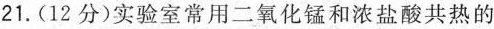
21.(12分)实验室常用二氧化锰和浓盐酸共热的